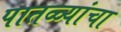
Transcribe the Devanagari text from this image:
पातळ्यांचा